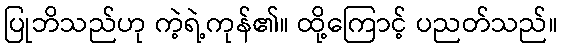
ပြုဘိသည်ဟု ကဲ့ရဲ့ကုန်၏။ ထို့ကြောင့် ပညတ်သည်။